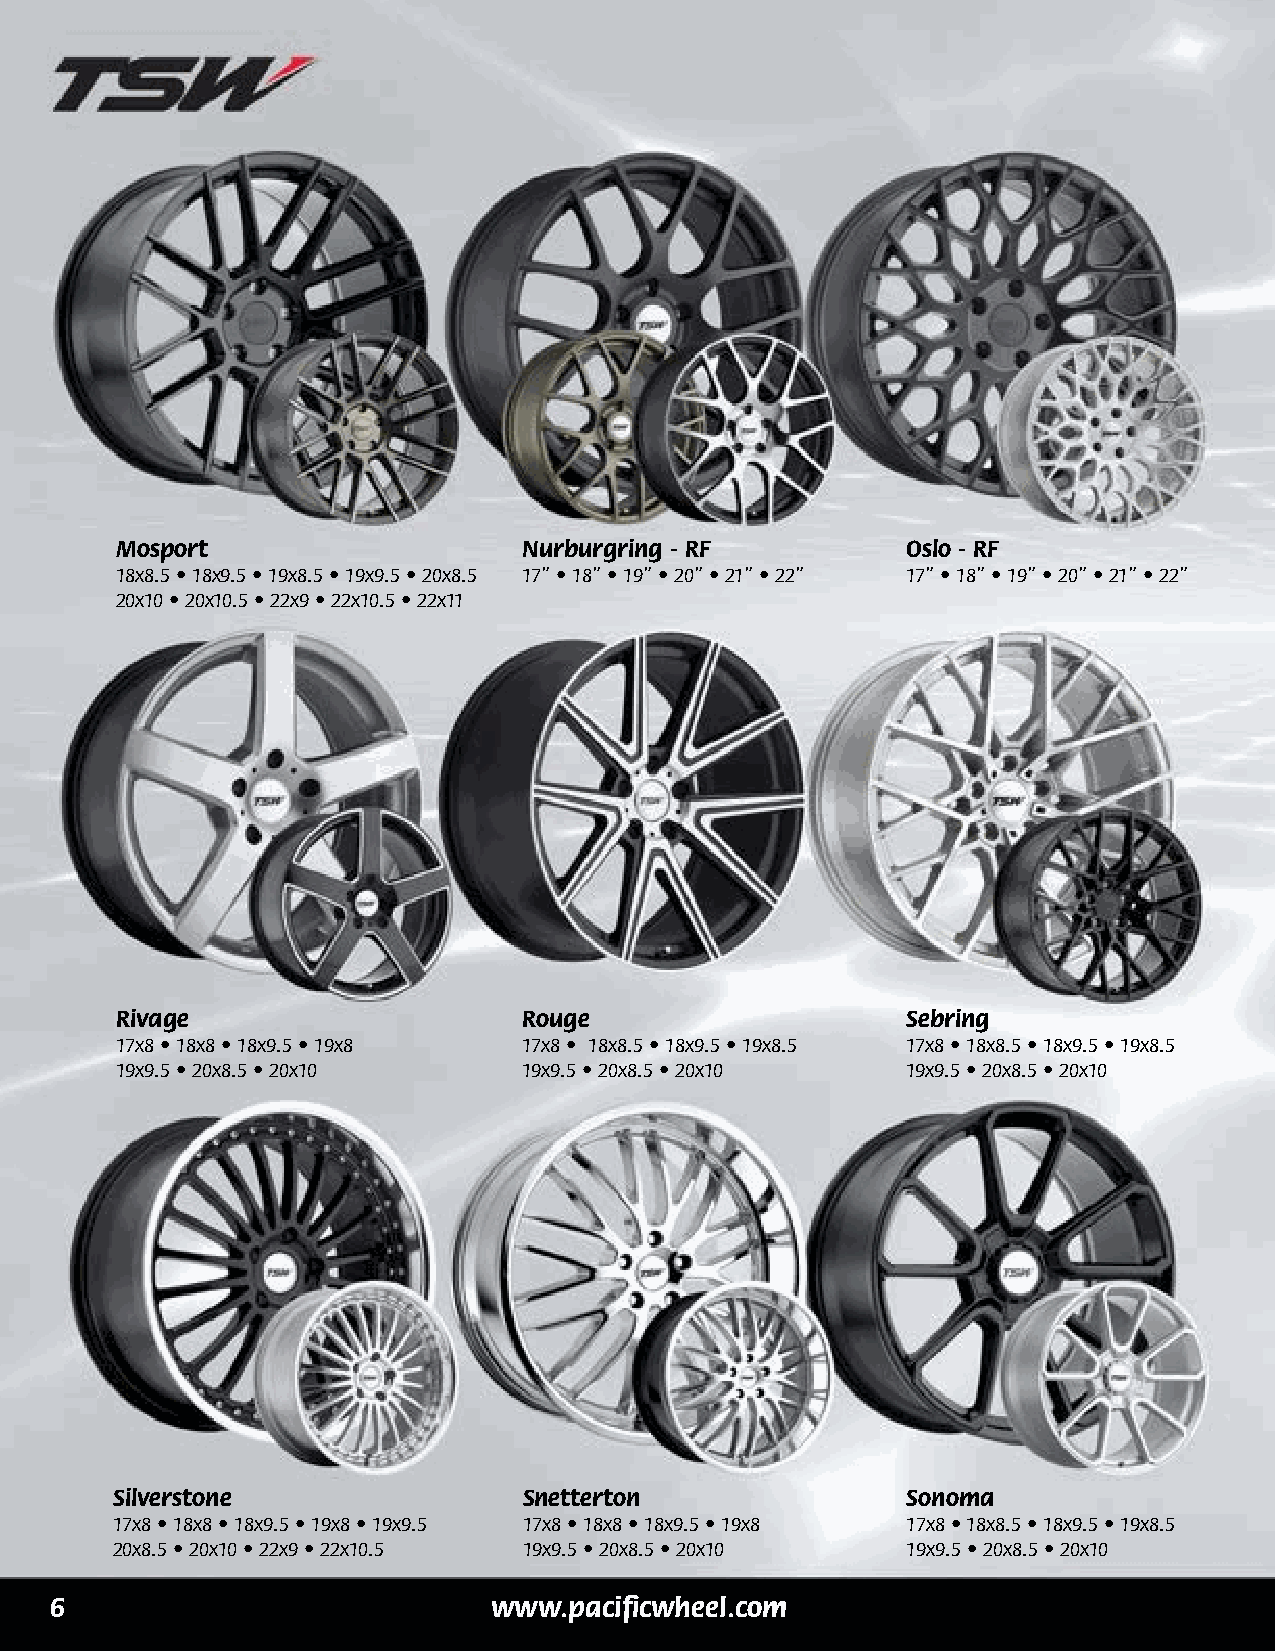
Mosport                    Nurburgring - RF         Oslo - RF
 18x8.5 • 18x9.5 • 19x8.5 • 19x9.5 • 20x8.5 17” • 18” • 19” • 20” • 21” • 22” 17” • 18” • 19” • 20” • 21” • 22”
 20x10 • 20x10.5 • 22x9 • 22x10.5 • 22x11
 Rivage                     Rouge                    Sebring
 17x8 • 18x8 • 18x9.5 • 19x8 17x8 • 18x8.5 • 18x9.5 • 19x8.5 17x8 • 18x8.5 • 18x9.5 • 19x8.5
 19x9.5 • 20x8.5 • 20x10    19x9.5 • 20x8.5 • 20x10  19x9.5 • 20x8.5 • 20x10
 Silverstone                 Snetterton               Sonoma
 17x8 • 18x8 • 18x9.5 • 19x8 • 19x9.5 17x8 • 18x8 • 18x9.5 • 19x8 17x8 • 18x8.5 • 18x9.5 • 19x8.5
 20x8.5 • 20x10 • 22x9 • 22x10.5 19x9.5 • 20x8.5 • 20x10 19x9.5 • 20x8.5 • 20x10
 6                             www.pacificwheel.com